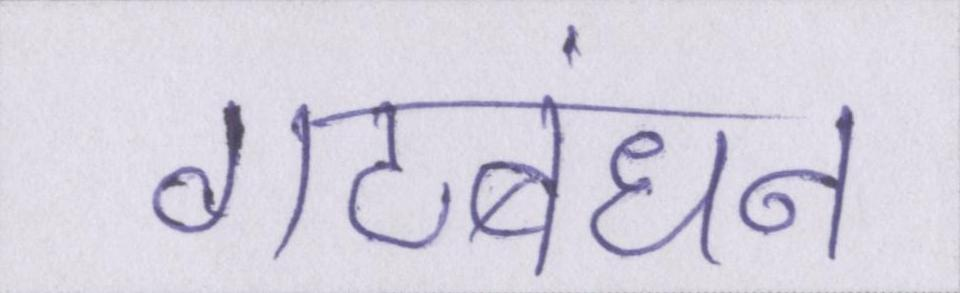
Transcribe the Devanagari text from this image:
गठबंधान